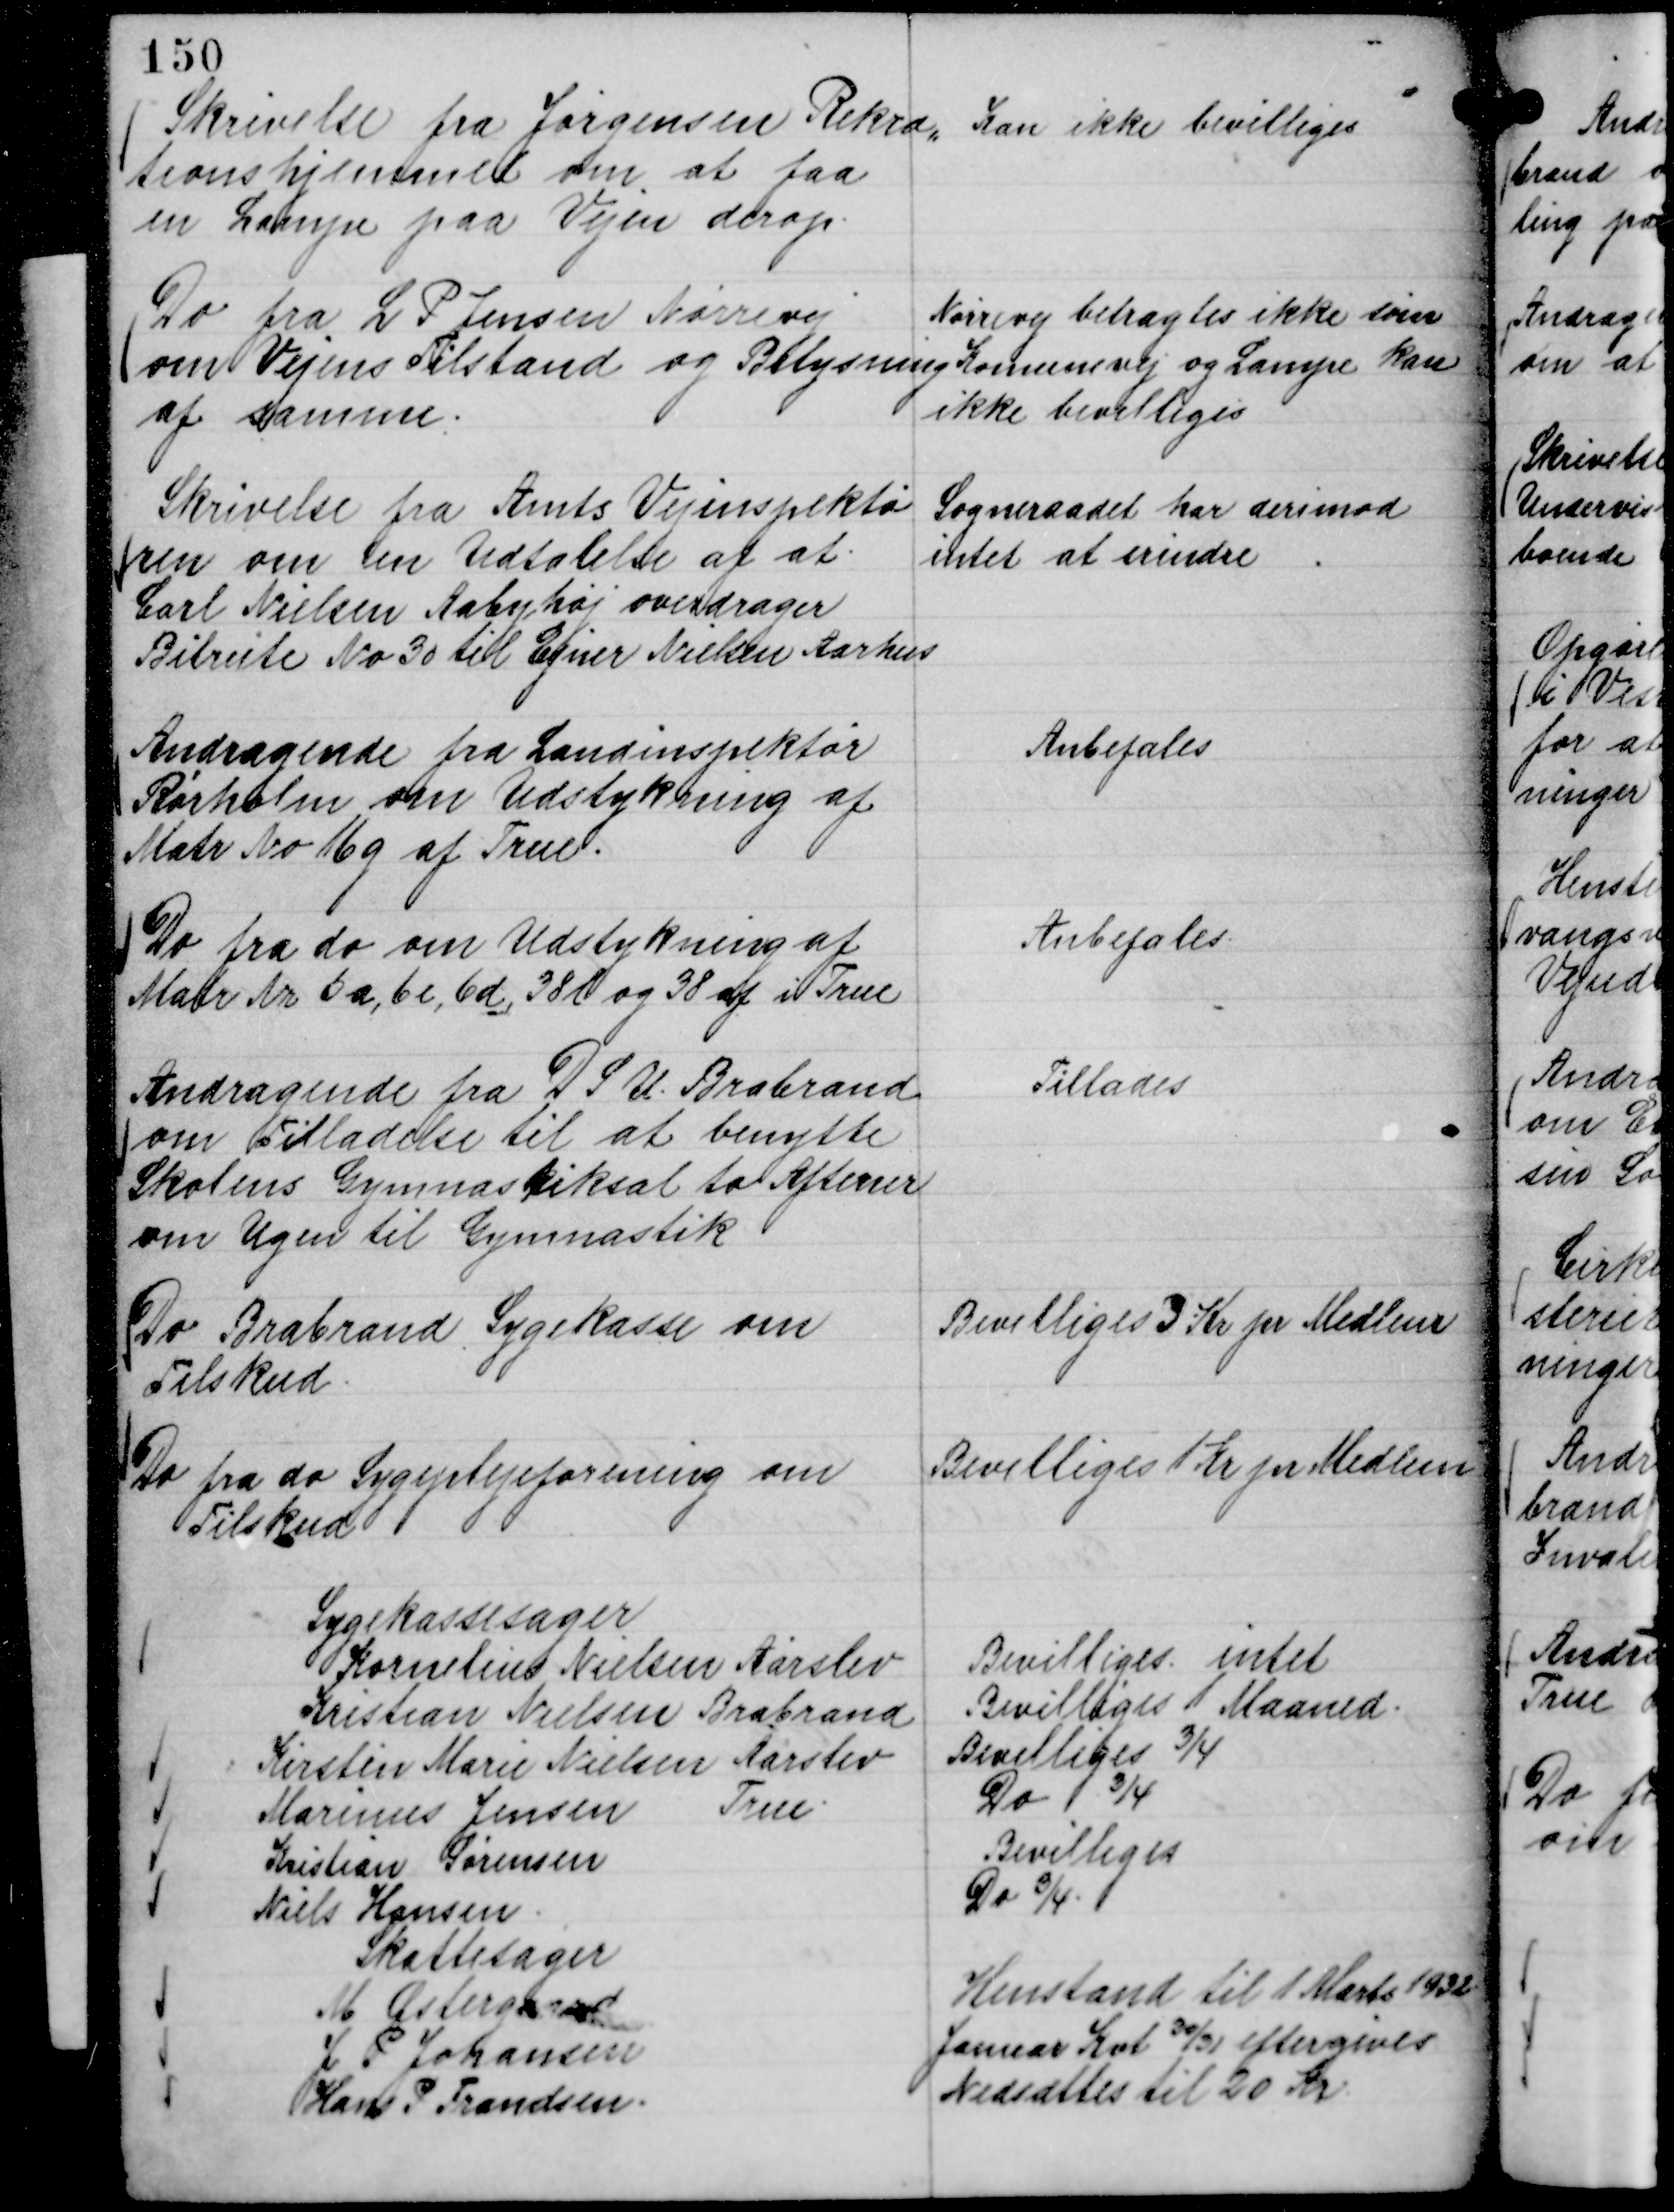
Transskription:
Skrivelse fra Jørgensen Rekræ,,
tionshjemmet om at faa
en Lampe paa Vejen derop.

Kan ikke bevilliges

Do fra L P Jensen Nørrevej
om Vejens Tilstand og Belysning
af samme.

Nørrevej betragtes ikke som
Komunevej og Lamper kan
ikke bevilliges

Skrivelse fra Amts Vejinspektør
ren om en Udtalelse af at
Carl Nielsen Aabyhøj overdrager
Bilrute No 30 til Ejner Nielsen Aarhus

Sogneraadet har derimod
intet at erindre

Andragende fra Landinspektør
Rørholm om Udstykning af
Matr No 16 g af True.

Anbefales

Do fra do om Udstykning af
Matr Nr 6 a, 6 c, 6 d, 38 l og 38 af i True

Anbefales

Andragende fra D S U. Brabrand
om Tilladelse til at benytte
Skolens Gymnastiksal to Aftener
om Ugen til Gymnastik

Tillades

Do Brabrand Sygekasse om
Tilskud.

Bevilliges 3 Kr pr Medlem

Do fra do Sygeplejeforening om
Tilskud

Bevilliges 1 Kr pr Medlem

Sygekassesager
Kornelius Nielsen Aarslev
Bevilliges intet
Kristian Nielsen Brabrand
Bevilliges 1 Maaned.
Kirstin Marie Nielsen Aarslev
Bevilliges ¾
Marinus Jensen
True.
Do ¾
Kristian Sørensen
Bevilliges
Niels Hansen.
Do ¾.

Skattesager
M Østergaard
Henstand til 1 Marts 1932.
J P Johansen
Januar Kvt

30/31 eftergives
Hans P Frandsen.
Nedsættes til 20 Kr.